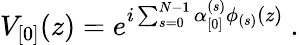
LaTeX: V_{\lbrack 0\rbrack}(z)=e^{i\sum_{s=0}^{N-1}\alpha_{\lbrack 0\rbrack}^{(s)}\phi_{(s)}(z)}~.